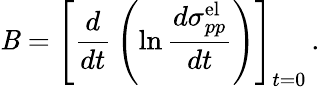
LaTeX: \mathit{B}=\left[{\frac{{d}}{{dt}}}\left(\ln{\frac{{d\sigma_{pp}^{\mathrm{{el}}}}}{{dt}}}\right)\right]_{t=0}\, .